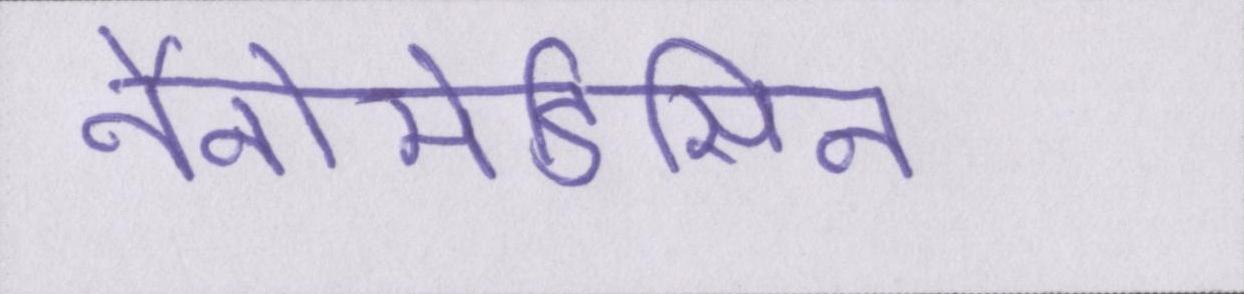
नैनोमेडिसिन